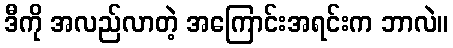
ဒီကို အလည်လာတဲ့ အကြောင်းအရင်းက ဘာလဲ။